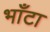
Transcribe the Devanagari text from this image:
भाँटा